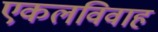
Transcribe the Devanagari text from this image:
एकलविवाह